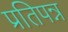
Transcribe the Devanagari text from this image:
प्रतिपन्न